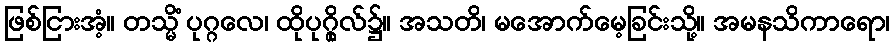
ဖြစ်ငြားအံ့။ တသ္မိံ ပုဂ္ဂလေ၊ ထိုပုဂ္ဂိုလ်၌။ အသတိ၊ မအောက်မေ့ခြင်းသို့။ အမနသိကာရော၊